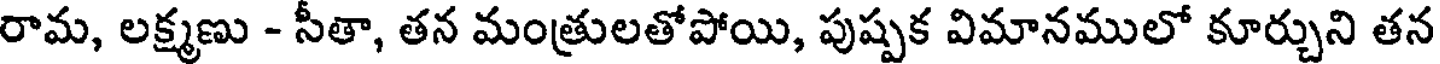
రామ, లక్ష్మణు - సీతా, తన మంత్రులతోపోయి, పుష్పక విమానములో కూర్చుని తన